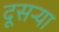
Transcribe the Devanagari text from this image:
दूसऱ्या